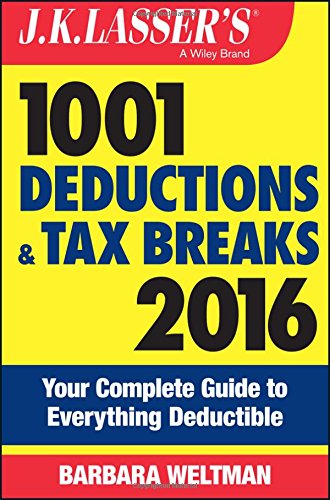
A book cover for J.K. Lasser's 1001 Deductions and Tax Breaks 2016: Your Complete Guide to Everything Deductible; Barbara Weltman; Law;